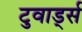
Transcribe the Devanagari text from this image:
टुवार्ड्स